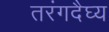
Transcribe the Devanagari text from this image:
तरंगदैघ्य